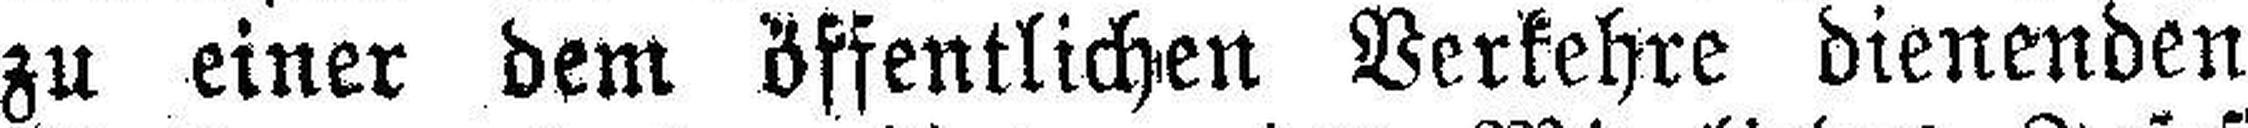
zu einer dem öffentlichen Verkehre dienenden